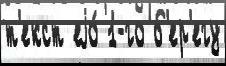
т'екст еjо́ 1-го б'ер'егу